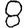
Digit: 8